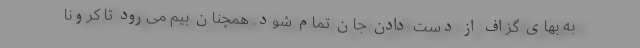
به بهای گزاف از دست دادن جان تمام شود. همچنان بیم می‌رود تا کرونا